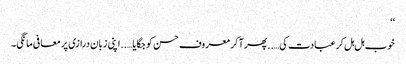
‘‘
خوب ہل ہل کر عبادت کی…..پھر آ کر معروف حسن کو جگایا…..اپنی زبان درازی پر معافی مانگی۔